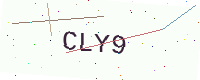
Text: CLY9